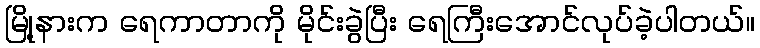
မြို့နားက ရေကာတာကို မိုင်းခွဲပြီး ရေကြီးအောင်လုပ်ခဲ့ပါတယ်။